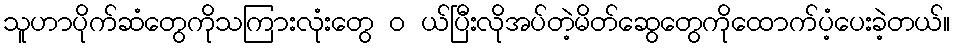
သူဟာပိုက်ဆံတွေကိုသကြားလုံးတွေ ၀ ယ်ပြီးလိုအပ်တဲ့မိတ်ဆွေတွေကိုထောက်ပံ့ပေးခဲ့တယ်။